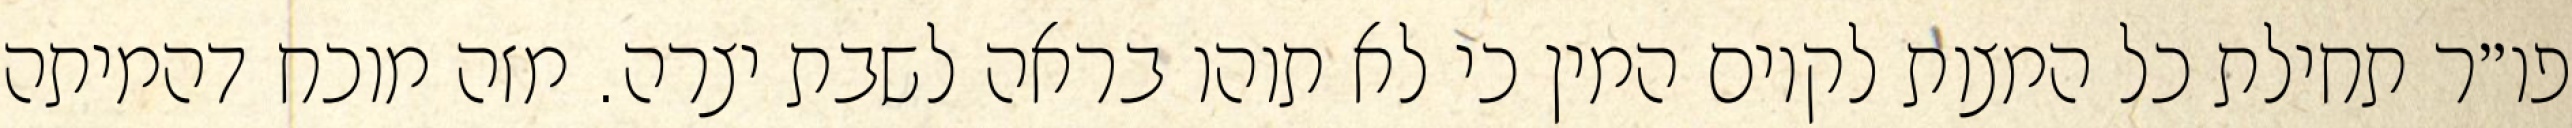
פו״ר תחילת כל המצות לקיום המין כי לא תוהו בראה לשבת יצרה. מזה מוכח דהמיתה